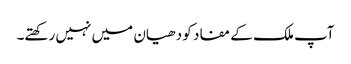
آپ ملک کے مفاد کو دھیان میں نہیں رکھتے۔